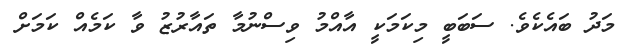
މަދު ބައެކެވެ. ސަބަބީ މިކަމަކީ އާއްމު ވިސްނުމާ ތައާރުޒު ވާ ކަމެއް ކަމަށް